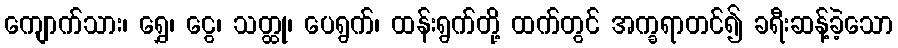
ကျောက်သား၊ ရွှေ၊ ငွေ၊ သတ္ထု၊ ပေရွက်၊ ထန်းရွက်တို့ ထက်တွင် အက္ခရာတင်၍ ခရီးဆန့်ခဲ့သော